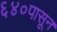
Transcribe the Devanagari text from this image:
६४०पासून